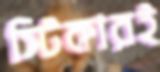
স্টিকারই